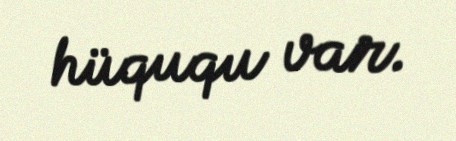
hüququ var.